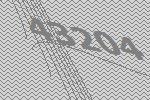
43204